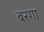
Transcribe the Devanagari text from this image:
बरगा